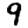
Digit: 9